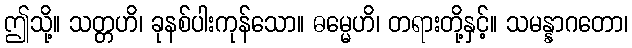
ဤသို့။ သတ္တဟိ၊ ခုနစ်ပါးကုန်သော။ ဓမ္မေဟိ၊ တရားတို့နှင့်။ သမန္နာဂတော၊